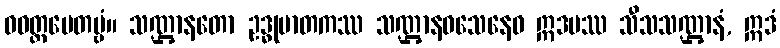
ဝဝတ္ထပေတဗ္ဗံ။ သဏ္ဌာနတော ဥဒ္ဓုမာတကဿ သဏ္ဌာနဝသေနေဝ ဣဒမဿ သီသသဏ္ဌာနံ, ဣဒံ